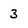
Character: 3